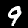
Digit: 9